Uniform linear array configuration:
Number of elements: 4
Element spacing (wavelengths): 0.25
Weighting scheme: hamming
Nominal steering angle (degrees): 30
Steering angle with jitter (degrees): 29.513
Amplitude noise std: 0.05
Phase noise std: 0.05

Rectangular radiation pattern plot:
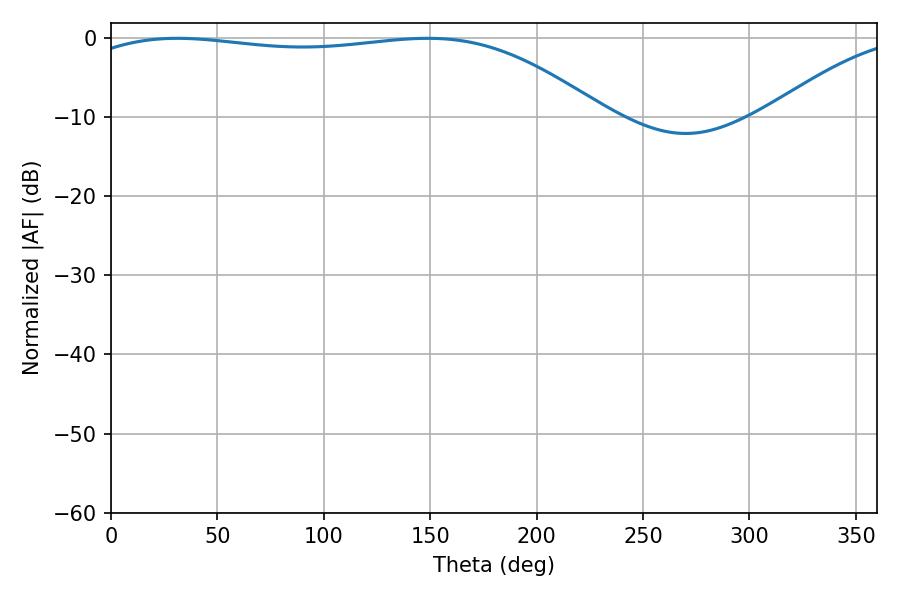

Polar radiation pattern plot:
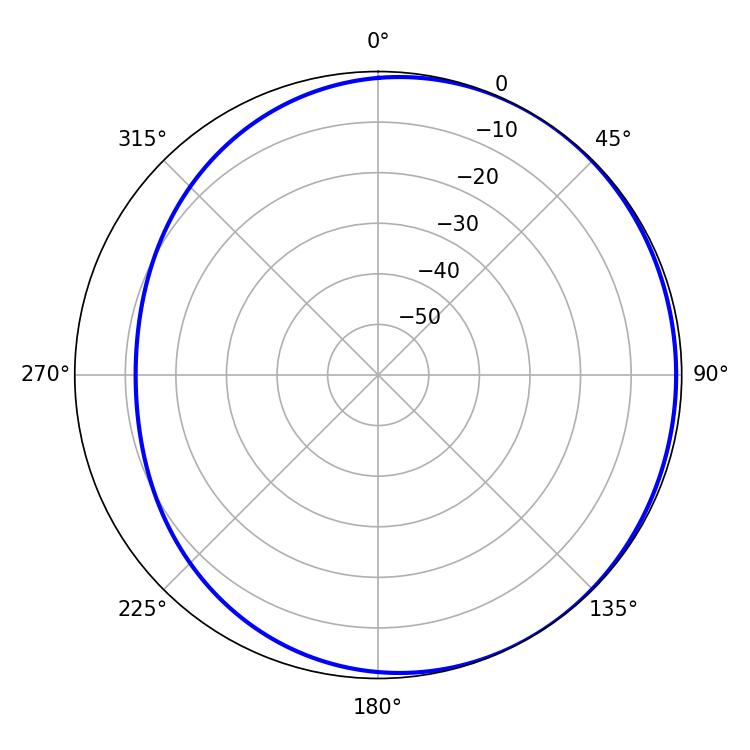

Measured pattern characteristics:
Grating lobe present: FALSE
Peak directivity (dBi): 1.46
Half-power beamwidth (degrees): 196.02
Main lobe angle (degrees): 31.14